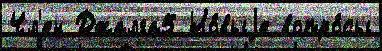
Чл'ен Джалга5 Но́выjе вопро́сы